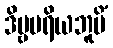
ဒိဗ္ဗမရိယဘူမိံ